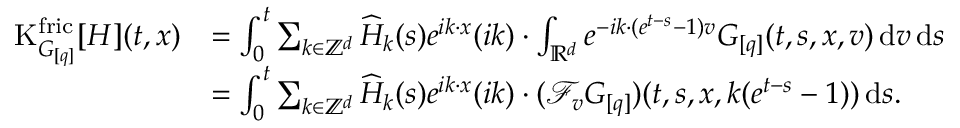
\begin{array} { r l } { \mathrm { K } _ { G _ { [ q ] } } ^ { \mathrm { f r i c } } [ H ] ( t , x ) } & { = \int _ { 0 } ^ { t } \sum _ { k \in \mathbb Z ^ { d } } \widehat { H } _ { k } ( s ) e ^ { i k \cdot x } ( i k ) \cdot \int _ { \mathbb R ^ { d } } e ^ { - i k \cdot ( e ^ { t - s } - 1 ) v } G _ { [ q ] } ( t , s , x , v ) \, \mathrm { d } v \, \mathrm { d } s } \\ & { = \int _ { 0 } ^ { t } \sum _ { k \in \mathbb Z ^ { d } } \widehat { H } _ { k } ( s ) e ^ { i k \cdot x } ( i k ) \cdot ( \mathcal { F } _ { v } G _ { [ q ] } ) ( t , s , x , k ( e ^ { t - s } - 1 ) ) \, \mathrm { d } s . } \end{array}